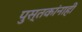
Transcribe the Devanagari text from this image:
पुस्तकांनाही